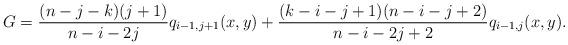
LaTeX: \begin{align*}G&= \frac{(n-j-k)(j+1)}{n-i-2j}q_{i-1,j+1}(x,y)+\frac{(k-i-j+1)(n-i-j+2)}{n-i-2j+2}q_{i-1,j}(x,y). \end{align*}